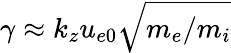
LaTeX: \gamma\approx k_{z}u_{e0}\sqrt{m_{e}/m_{i}}